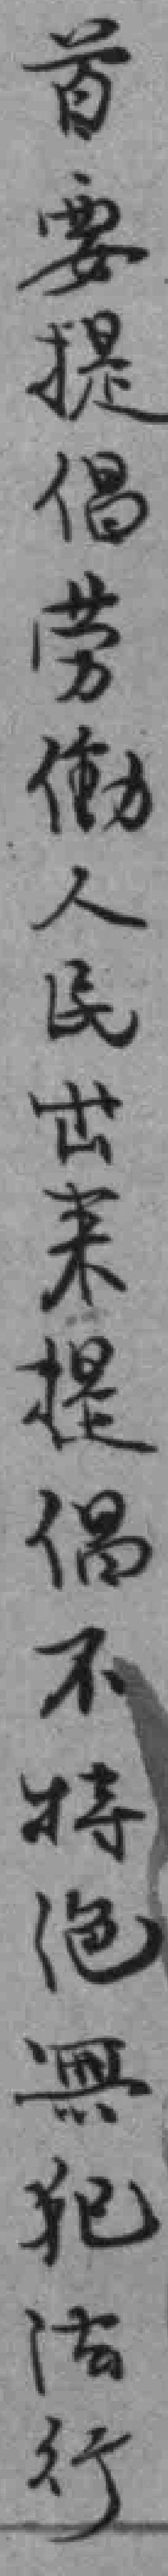
首要提倡劳働人民出来提偶不特绝無犯法行